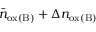
\bar { n } _ { \mathrm { o x ( B ) } } + \Delta n _ { \mathrm { o x ( B ) } }